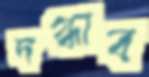
দগ্ধাব